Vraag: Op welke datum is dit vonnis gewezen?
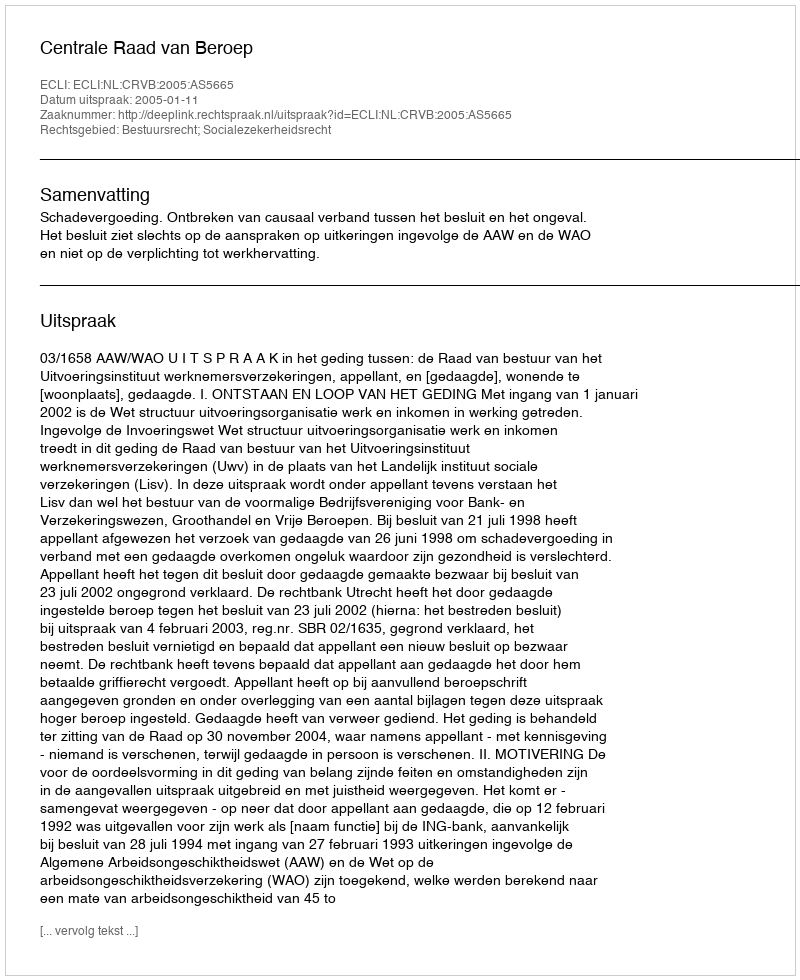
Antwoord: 2005-01-11